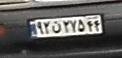
۹۲ن۲۷۵۴۴